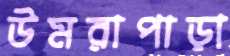
উমরাপাড়া